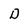
Character: D